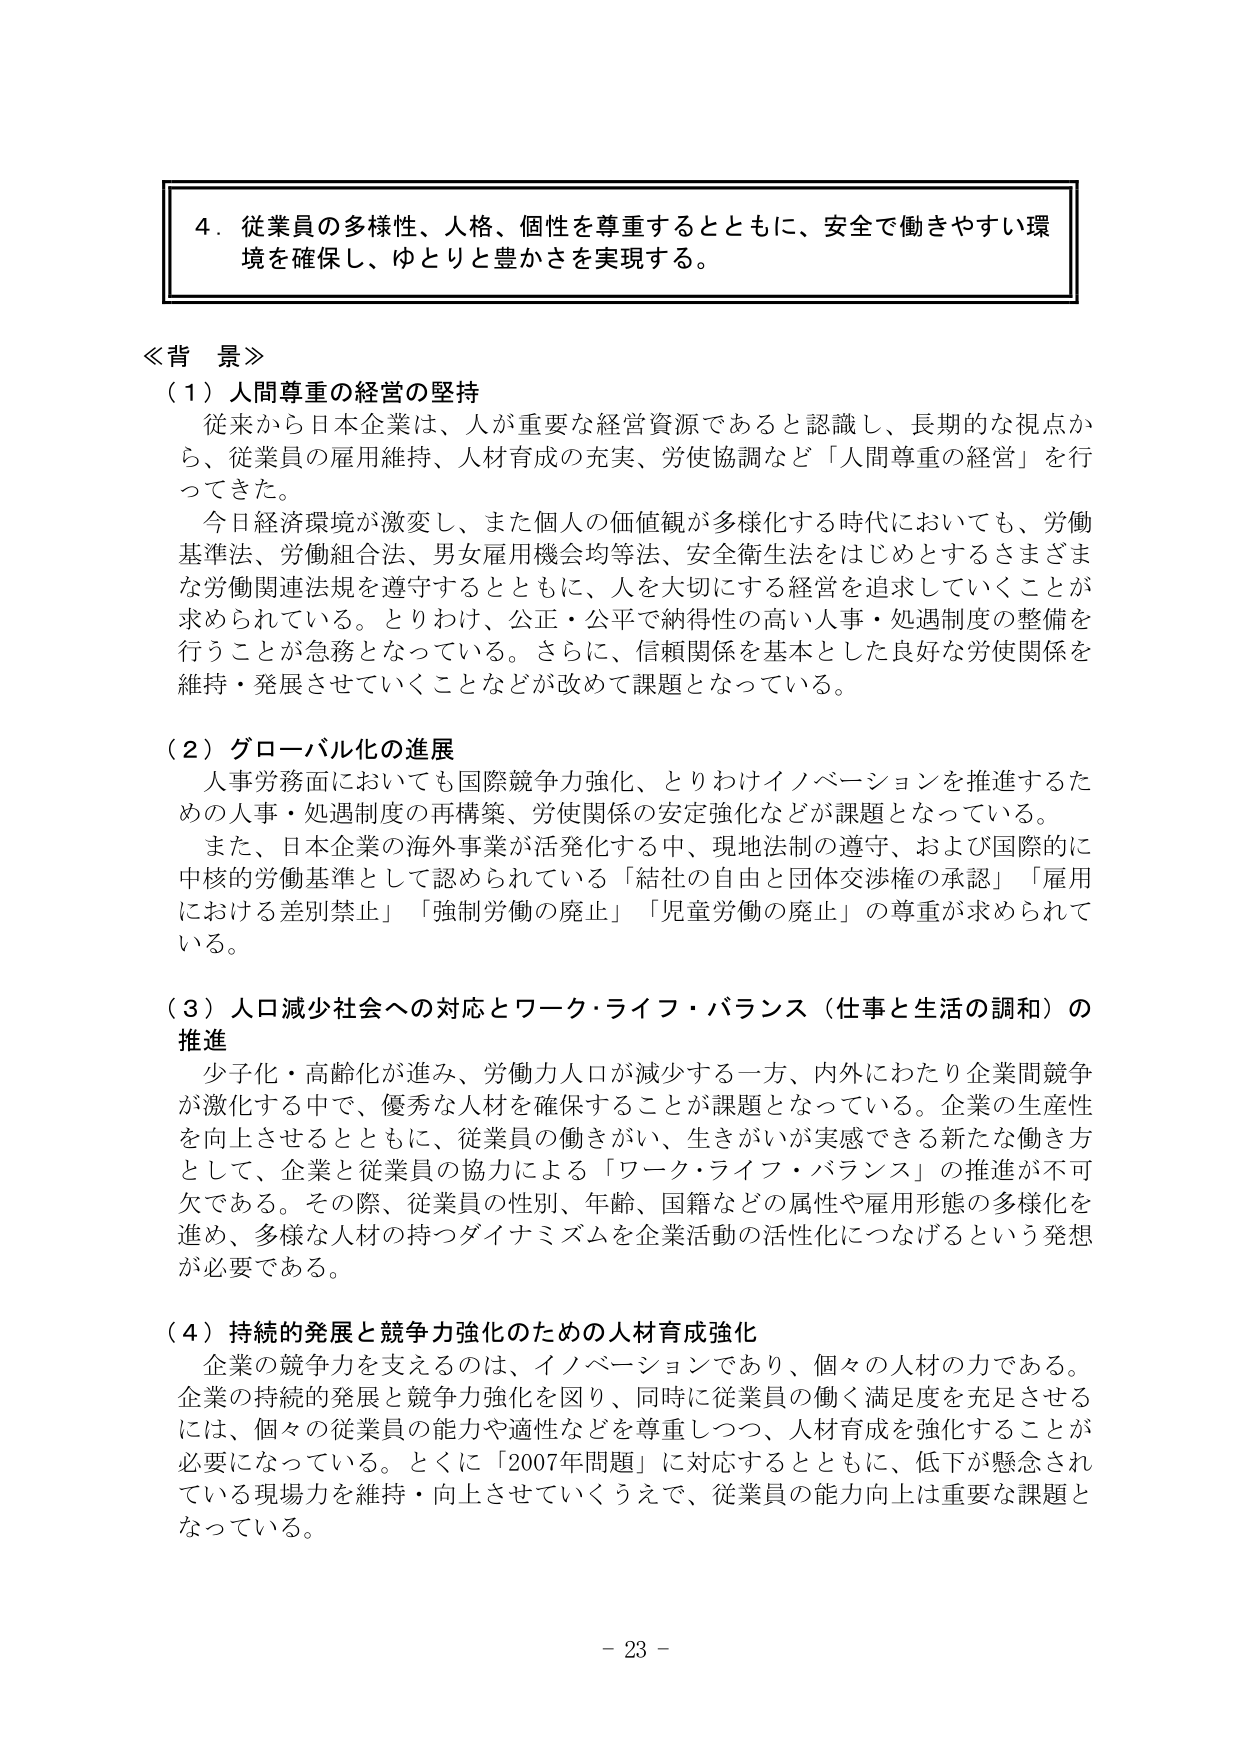
4. 従業員の多様性、人格、個性を尊重するとともに、安全で働きやすい環境を確保し、ゆとりと豊かさを実現する。

≪背景≫
（1）人間尊重の経営の堅持
　従来から日本企業は、人が重要な経営資源であると認識し、長期的な視点から、従業員の雇用維持、人材育成の充実、労使協調など「人間尊重の経営」を行ってきた。
　今日経済環境が激変し、また個人の価値観が多様化する時代においても、労働基準法、労働組合法、男女雇用機会均等法、安全衛生法をはじめとするさまざまな労働関連法規を遵守するとともに、人を大切にする経営を追求していくことが求められている。とりわけ、公正・公平で納得性の高い人事・処遇制度の整備を行うことが急務となっている。さらに、信頼関係を基本とした良好な労使関係を維持・発展させていくことなどが改めて課題となっている。

（2）グローバル化の進展
　人事労務面においても国際競争力強化、とりわけイノベーションを推進するための人事・処遇制度の再構築、労使関係の安定強化などが課題となっている。
　また、日本企業の海外事業が活発化する中、現地法制の遵守、および国際的に中核的労働基準として認められている「結社の自由と団体交渉権の承認」「雇用における差別禁止」「強制労働の廃止」「児童労働の廃止」の尊重が求められている。

（3）人口減少社会への対応とワーク・ライフ・バランス（仕事と生活の調和）の推進
　少子化・高齢化が進み、労働力人口が減少する一方、内外にわたり企業間競争が激化する中で、優秀な人材を確保することが課題となっている。企業の生産性を向上させるとともに、従業員の働きがい、生きがいが実感できる新たな働き方として、企業と従業員の協力による「ワーク・ライフ・バランス」の推進が不可欠である。その際、従業員の性別、年齢、国籍などの属性や雇用形態の多様化を進め、多様な人材の持つダイナミズムを企業活動の活性化につなげるという発想が必要である。

（4）持続的発展と競争力強化のための人材育成強化
　企業の競争力を支えるのは、イノベーションであり、個々の人材の力である。企業の持続的発展と競争力強化を図り、同時に従業員の働く満足度を充足させるには、個々の従業員の能力や適性などを尊重しつつ、人材育成を強化することが必要になっている。とくに「2007年問題」に対応するとともに、低下が懸念されている現場力を維持・向上させていくうえで、従業員の能力向上は重要な課題となっている。

- 23 -